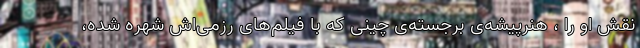
نقش او را ، هنرپیشه‌ی برجسته‌ی چینی که با فیلم‌های رزمی‌اش شهره شده،